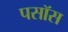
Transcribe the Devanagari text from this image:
पसॉस